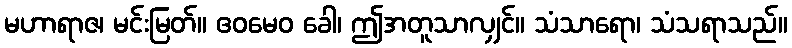
မဟာရာဇ၊ မင်းမြတ်။ ဧဝမေဝ ခေါ၊ ဤအတူသာလျှင်။ သံသာရော၊ သံသရာသည်။